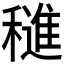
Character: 𬔀